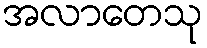
အလာတေသု